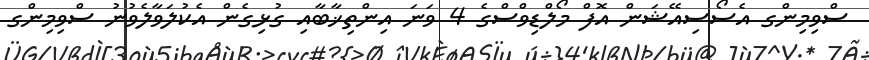
ސްވިމިންގ އެސޯސިއޭޝަން އޮފް މޯލްޑިވްސްގެ 4 ވަނަ އިންތިޚާބާއި ގުޅިގެން އެކުލަވާލެވުނު ސްވިމިންގ